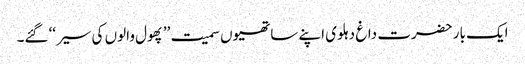
ایک بار حضرت داغ دہلوی اپنے ساتھیوں سمیت ’’پھول والوں کی سیر‘‘ گئے۔